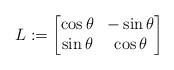
LaTeX: \begin{align*} L := \begin{bmatrix} \cos \theta & -\sin \theta \\ \sin \theta & \cos \theta \end{bmatrix}\end{align*}